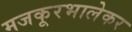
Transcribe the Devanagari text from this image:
मजकूरभालेकर